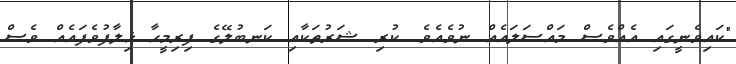
"ކައިވެނީގައި އެއްވެސް މައްސަލައެއް ނުވެއެވެ. ކުރި ޝަރުތަކާއި ކަނބުލޭގެ ފިރިމީހާ ޚިލާފުވެފައެއް ވެސް